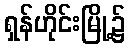
ရှန်ဟိုင်းမြို့၌